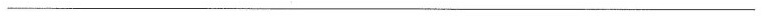
___